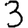
Digit: 3